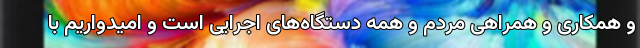
و همکاری و همراهی مردم و همه دستگاه‌های اجرایی است و امیدواریم با